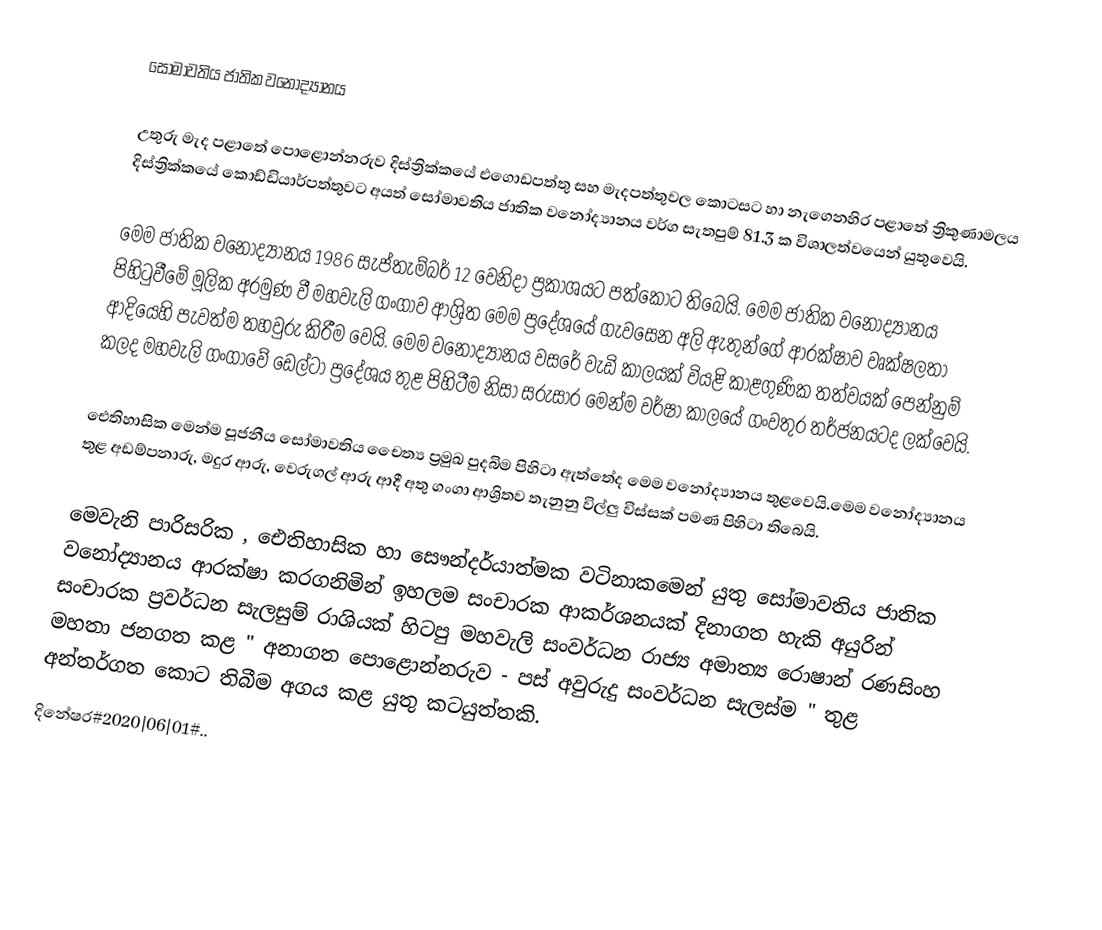
සෝමාවතිය ජාතික වනෝද්‍යානය

උතුරු මැද පළාතේ පොළොන්නරුව දිස්ත්‍රික්කයේ එගොඩපත්තු සහ මැදපත්තුවල කොටසට හා නැගෙනහිර පළාතේ ත්‍රිකුණාමලය දිස්ත්‍රික්කයේ කොඩ්ඩියාර්පත්තුවට අයත් සෝමාවතිය ජාතික වනෝද්‍යානය වර්ග සැතපුම් 81.3 ක විශාලත්වයෙන් යුතුවෙයි.

මෙම ජාතික වනෝද්‍යානය 1986 සැප්තැම්බර් 12 වෙනිදා ප්‍රකාශයට පත්කොට තිබෙයි. මෙම ජාතික වනෝද්‍යානය පිහිටුවීමේ මූලික අරමුණ වී මහවැලි ගංගාව ආශ්‍රිත මෙම ප්‍රදේශයේ ගැවසෙන අලි ඇතුන්ගේ ආරක්ෂාව වෘක්ෂලතා ආදියෙහි පැවත්ම තහවුරු කිරීම වෙයි. මෙම වනෝද්‍යානය වසරේ වැඩි කාලයක් වියළි කාළගුණික තත්වයක් පෙන්නුම් කලද මහවැලි ගංගාවේ ඩෙල්ටා ප්‍රදේශය තුළ පිහිටීම නිසා සරුසාර මෙන්ම වර්ෂා කාලයේ ගංවතුර තර්ජනයටද ලක්වෙයි.

ඓතිහාසික මෙන්ම පූජනීය සෝමාවතිය චෛත්‍ය ප්‍රමුඛ පුදබිම පිහිටා ඇත්තේද මෙම වනෝද්‍යානය තුළවෙයි.මෙම වනෝද්‍යානය තුළ අඩම්පනාරු, මදුර ආරු, වෙරුගල් ආරු ආදී අතු ගංගා ආශ්‍රිතව තැනුනු විල්ලු විස්සක් පමණ පිහිටා තිබෙයි.

මෙවැනි පාරිසරික , ඓතිහාසික හා සෞන්දර්යාත්මක වටිනාකමෙන් යුතු සෝමාවතිය ජාතික වනෝද්‍යානය ආරක්ෂා කරගනිමින් ඉහලම සංචාරක ආකර්ශනයක් දිනාගත හැකි අයුරින් සංචාරක ප්‍රවර්ධන සැලසුම් රාශියක් හිටපු මහවැලි සංවර්ධන රාජ්‍ය අමාත්‍ය රොෂාන් රණසිංහ මහතා ජනගත කළ " අනාගත පොළොන්නරුව - පස් අවුරුදු සංවර්ධන සැලස්ම " තුළ අන්තර්ගත කොට තිබීම අගය කළ යුතු කටයුත්තකි.
දිනේෂර#2020|06|01#..